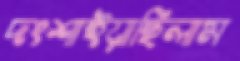
দংশাইয়াছিলাম